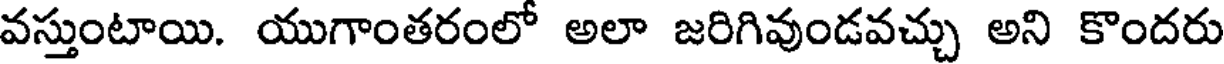
వస్తుంటాయి. యుగాంతరంలో అలా జరిగివుండవచ్చు అని కొందరు